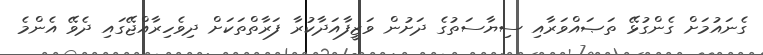
ގެނައުމަށް ގެންގުޅޭ ތަޞައްވަރާއި ސިޔާސަތުގެ ދަށުން ވަޒީފާއަދާކުރާ ފަރާތްތަކަށް ދިވެހިރާއްޖޭގައި ދެވޭ އެންމެ